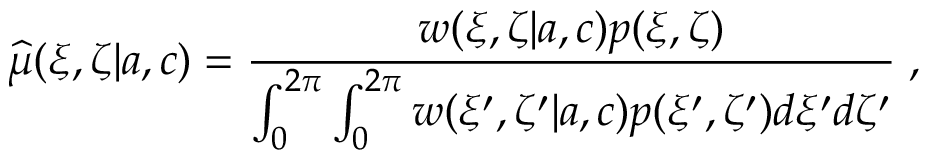
{ \widehat \mu } ( \xi , \zeta | { a } , { c } ) = \frac { w ( \xi , \zeta | { a } , { c } ) p ( \xi , \zeta ) } { \int _ { 0 } ^ { 2 \pi } \int _ { 0 } ^ { 2 \pi } w ( \xi ^ { \prime } , \zeta ^ { \prime } | { a } , { c } ) p ( \xi ^ { \prime } , \zeta ^ { \prime } ) d \xi ^ { \prime } d \zeta ^ { \prime } } \; ,